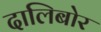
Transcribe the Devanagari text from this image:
दालिबोर